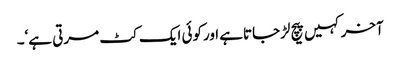
آخرکہیں پیچ لڑجاتاہے اورکوئی ایک کٹ مرتی ہے‘۔